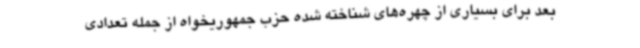
بعد برای بسیاری از چهره‌های شناخته شده حزب جمهوریخواه از جمله تعدادی